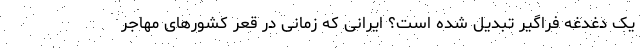
یک دغدغه فراگیر تبدیل شده است؟ ایرانی که زمانی در قعر کشورهای مهاجر